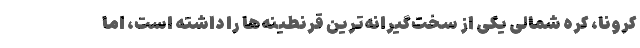
کرونا، کره شمالی یکی از سخت‌گیرانه‌ترین قرنطینه‌ها را داشته است، اما